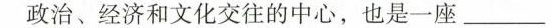
政治、经济和文化交往的中心，也是一座\underline